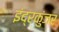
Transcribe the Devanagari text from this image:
इंद्रकुंजर